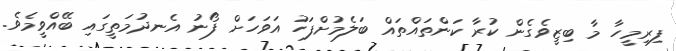
ފިރިމީހާ މާ ބިޒީވެގެން ކުރާ ކަންތައްތައް ބަލެމުށްފަހު އަވަހަށް ފޯނު އެނދުމަތީގައި ބޭއްވީމެވެ.